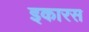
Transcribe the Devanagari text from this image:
इकारस